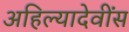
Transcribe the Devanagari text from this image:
अहिल्यादेवींस